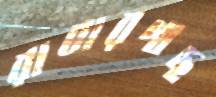
রাবারগাছ